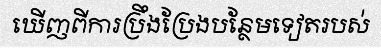
ឃើញពីការប្រឹងប្រែងបន្ថែមទៀតរបស់